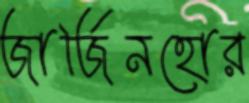
জার্জিনহোর